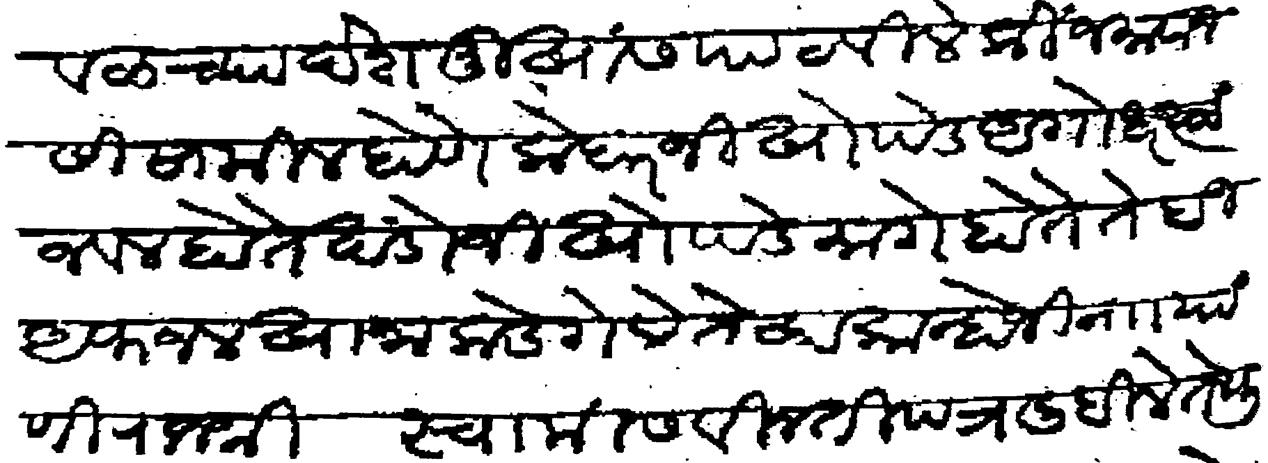
Transliteration (Devanagari): मावळच्या देशमुखांस पाठविले की जमावानसी सामील होणे त्यास केदारजी खोपडे अगोधर त्या जवल होते खंडोजी खोपडे मागे होते ते ही अफजलखानाकडे गेले तेव्हा कान्होजी नाा याणी राजश्री स्वामीस विनती पत्र लिहिले तेथुन